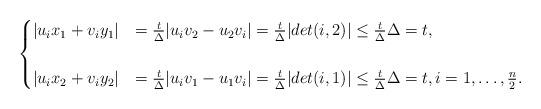
LaTeX: \begin{align*}\begin{cases}\vert u_{i}x_{1}+v_{i}y_{1}\vert &= \frac{t}{\Delta}\vert u_{i}v_{2}-u_{2}v_{i}\vert = \frac{t}{\Delta}\vert det(i,2)\vert \leq \frac{t}{\Delta}\Delta = t, \\ \\\vert u_{i}x_{2}+v_{i}y_{2}\vert &= \frac{t}{\Delta}\vert u_{i}v_{1}-u_{1}v_{i}\vert = \frac{t}{\Delta}\vert det(i,1)\vert \leq \frac{t}{\Delta}\Delta = t, i=1,\ldots,\frac{n}{2}.\end{cases}\end{align*}